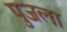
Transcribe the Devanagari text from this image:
पुजला